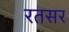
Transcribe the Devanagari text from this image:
रतसर